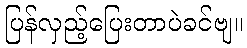
ပြန်လှည့်ပြေးတာပဲခင်ဗျ။